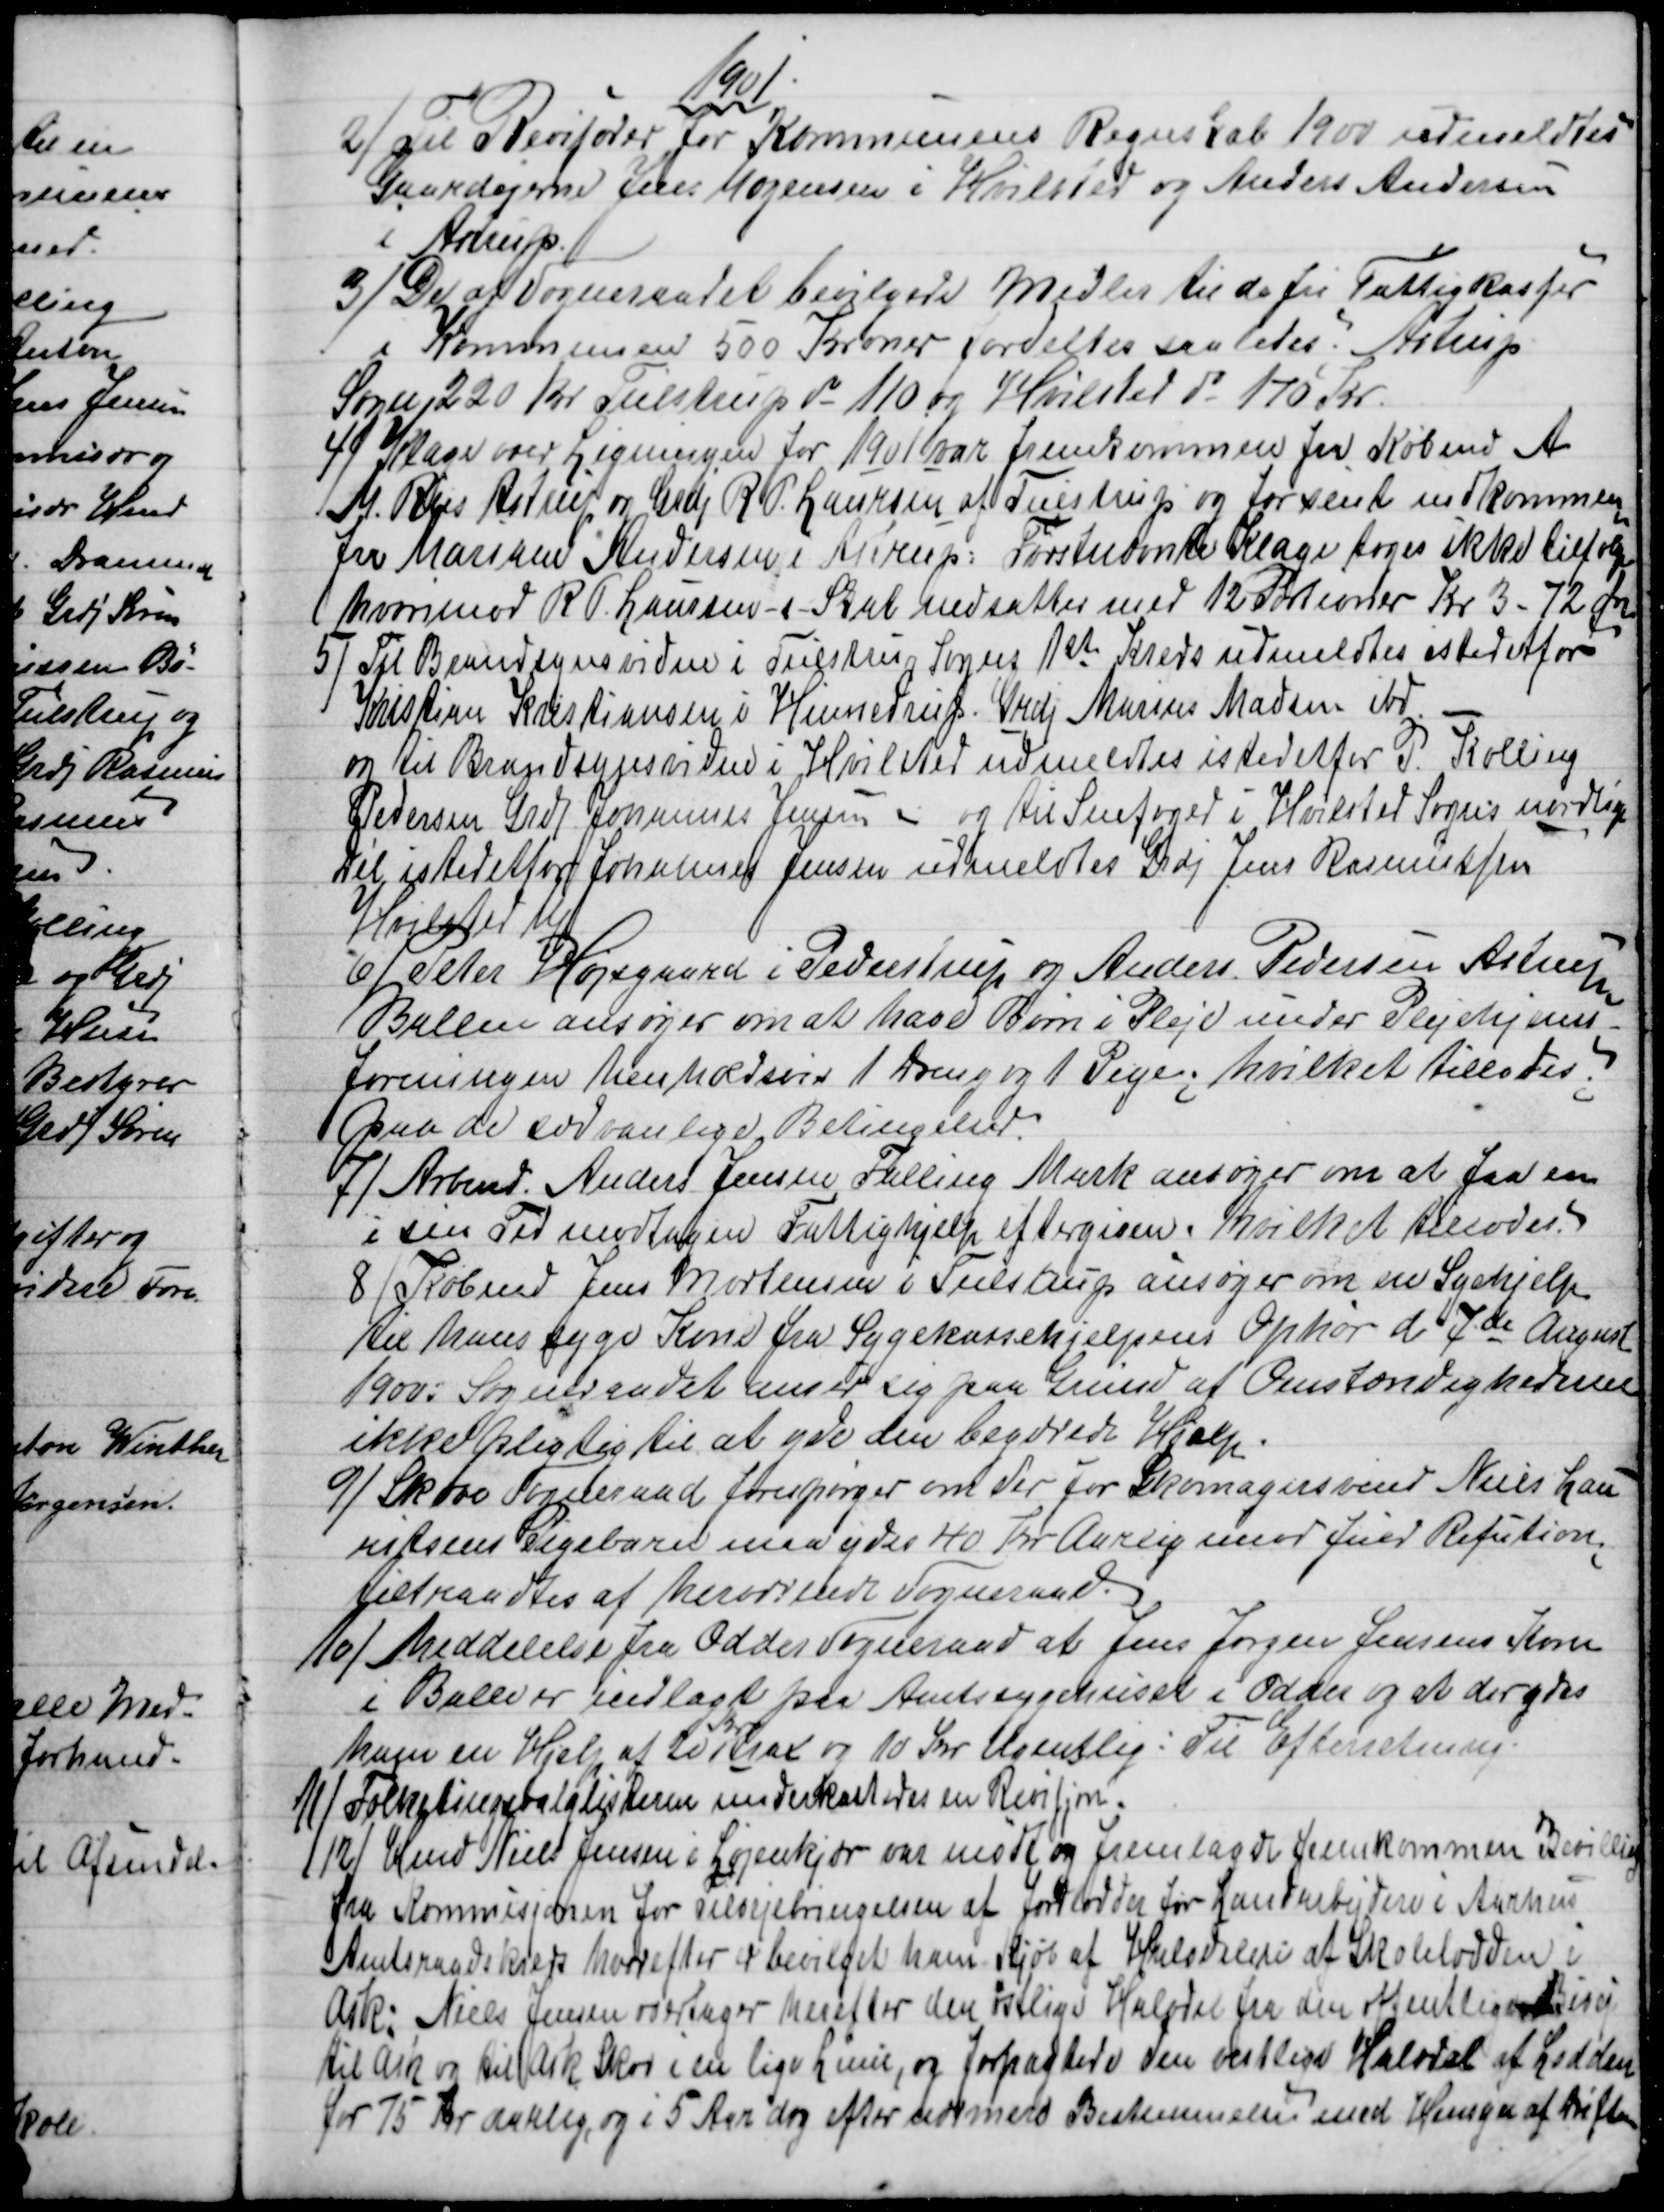
Transskription:
1901
2)
Til Revisorer for Kommunens Regnskab 1900 udmeldtes
Gaardejerne Jens Mogensen i Hvilsted og Anders Andersen
i Astrup.
3) 
De af Sogneraadet bevilgede Midler til de fri Fattigkasser
i Kommunen 500 Kroner fordeltes saaledes; Astrup
Sogn 220 Kr Tulstrup do 110 og Hvilsted do 170 Kr.
4) 
Klage over Ligningen for 1901 var fremkommen fra Købmd A
M. Riis Astrup og Gdj R P. Laursen af Tulstrup og for sent indkommen
fra Marinus Andersen i Astrup: Førstnævnte Klage toges ikke tilfølge
hvorimod R. P. Laursen i Skat nedsattes med 12 portioner Kr 3 - 72 Øre
5)
Til Brandsynsvidne i Tulstrup Sogns 1ste Kreds udmeldtes istedetfor
Kristian Kristiansen i Hinnedrup. Grdj Marius Madsen ibd.
og til Brandsynsvidne i Hvilsted udmeldtes istedetfor P. Kolling
Pedersen Grdj Johannes Jensen - og til Snefoged i Hvilsted Sogns nordlige
Dél istedetfor Johannes Jensen udmeldtes Grdj Jens Rasmussen
Hvilsted Mk
6)
Peter Højsgaard i Pederstrup og Anders Pedersen, Astrup
Ballen ansøger om at have Børn i Pleje under Plejehjems
foreningen henholdsvis 1 Dreng og 1 Pige, hvilket tillodes
paa de sædvanlige Betingelser.
7) 
Arbmd. Anders Jensen Falling Mark ansøger om at faa en
i sin Tid modtagen Fattighjelp eftergiven, hvilket tillodes.
8)
Købmd Jens Mortensen i Tulstrup ansøger om en Syehjelp
til hans syge Kone fra Sygekassehjelpens Ophør d 7de August
1900: Sogneraadet anser sig paa Grund af Omstændighederne
ikke pligtig til at yde den begærede Hjelp.
9) 
Skæve Sogneraad forespørger om der for Skomagersvend Niels Lau
ritsens Pigebarn maa ydes 40 Kr Aarlig imod fuld Refution
tiltraadtes af herværende Sogneraad.
10) 
Meddelelse fra Odder Sogneraad at Jens Jørgen Jensens Kone
i Balle er indlagt paa Amtssygehuset i Odder og at der ydes
ham en Hjelp af 20 
Kr
strax og 10 Kr Ugentlig: Til Efterretning.
11) 
Folketingsvalgslisterne underkastedes en Revisjon.
12)
Hmd Niels Jensen i Løjenkjær var mødt og fremlagde fremkommen Bevilling
fra Kommisjonen for Tilvejebringelsen af Jordlodder for Landarbejdere i Aarhus
Amtsraadskreds hvorefter er bevilget ham Kjøb af Halvdelen at Skolelodden i
Ask: Niels Jensen overtager herefter den østlige Halvdel fra den offentlige Bivej
til Ask og til Ask Skov i en lige Linie, og forpagtede den vestlige Halvdel af Lodden
for 75 Kr aarlig, og i 5 Aar dog efter nærmere Bestemmelse med Hensyn af Driften